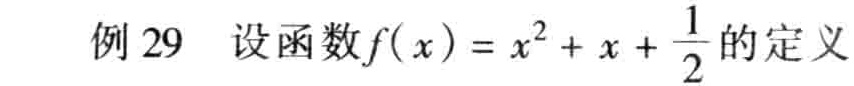
例 29 设函数\(f(x)=x^{2}+x+\frac{1}{2}\)的定义